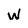
Character: W